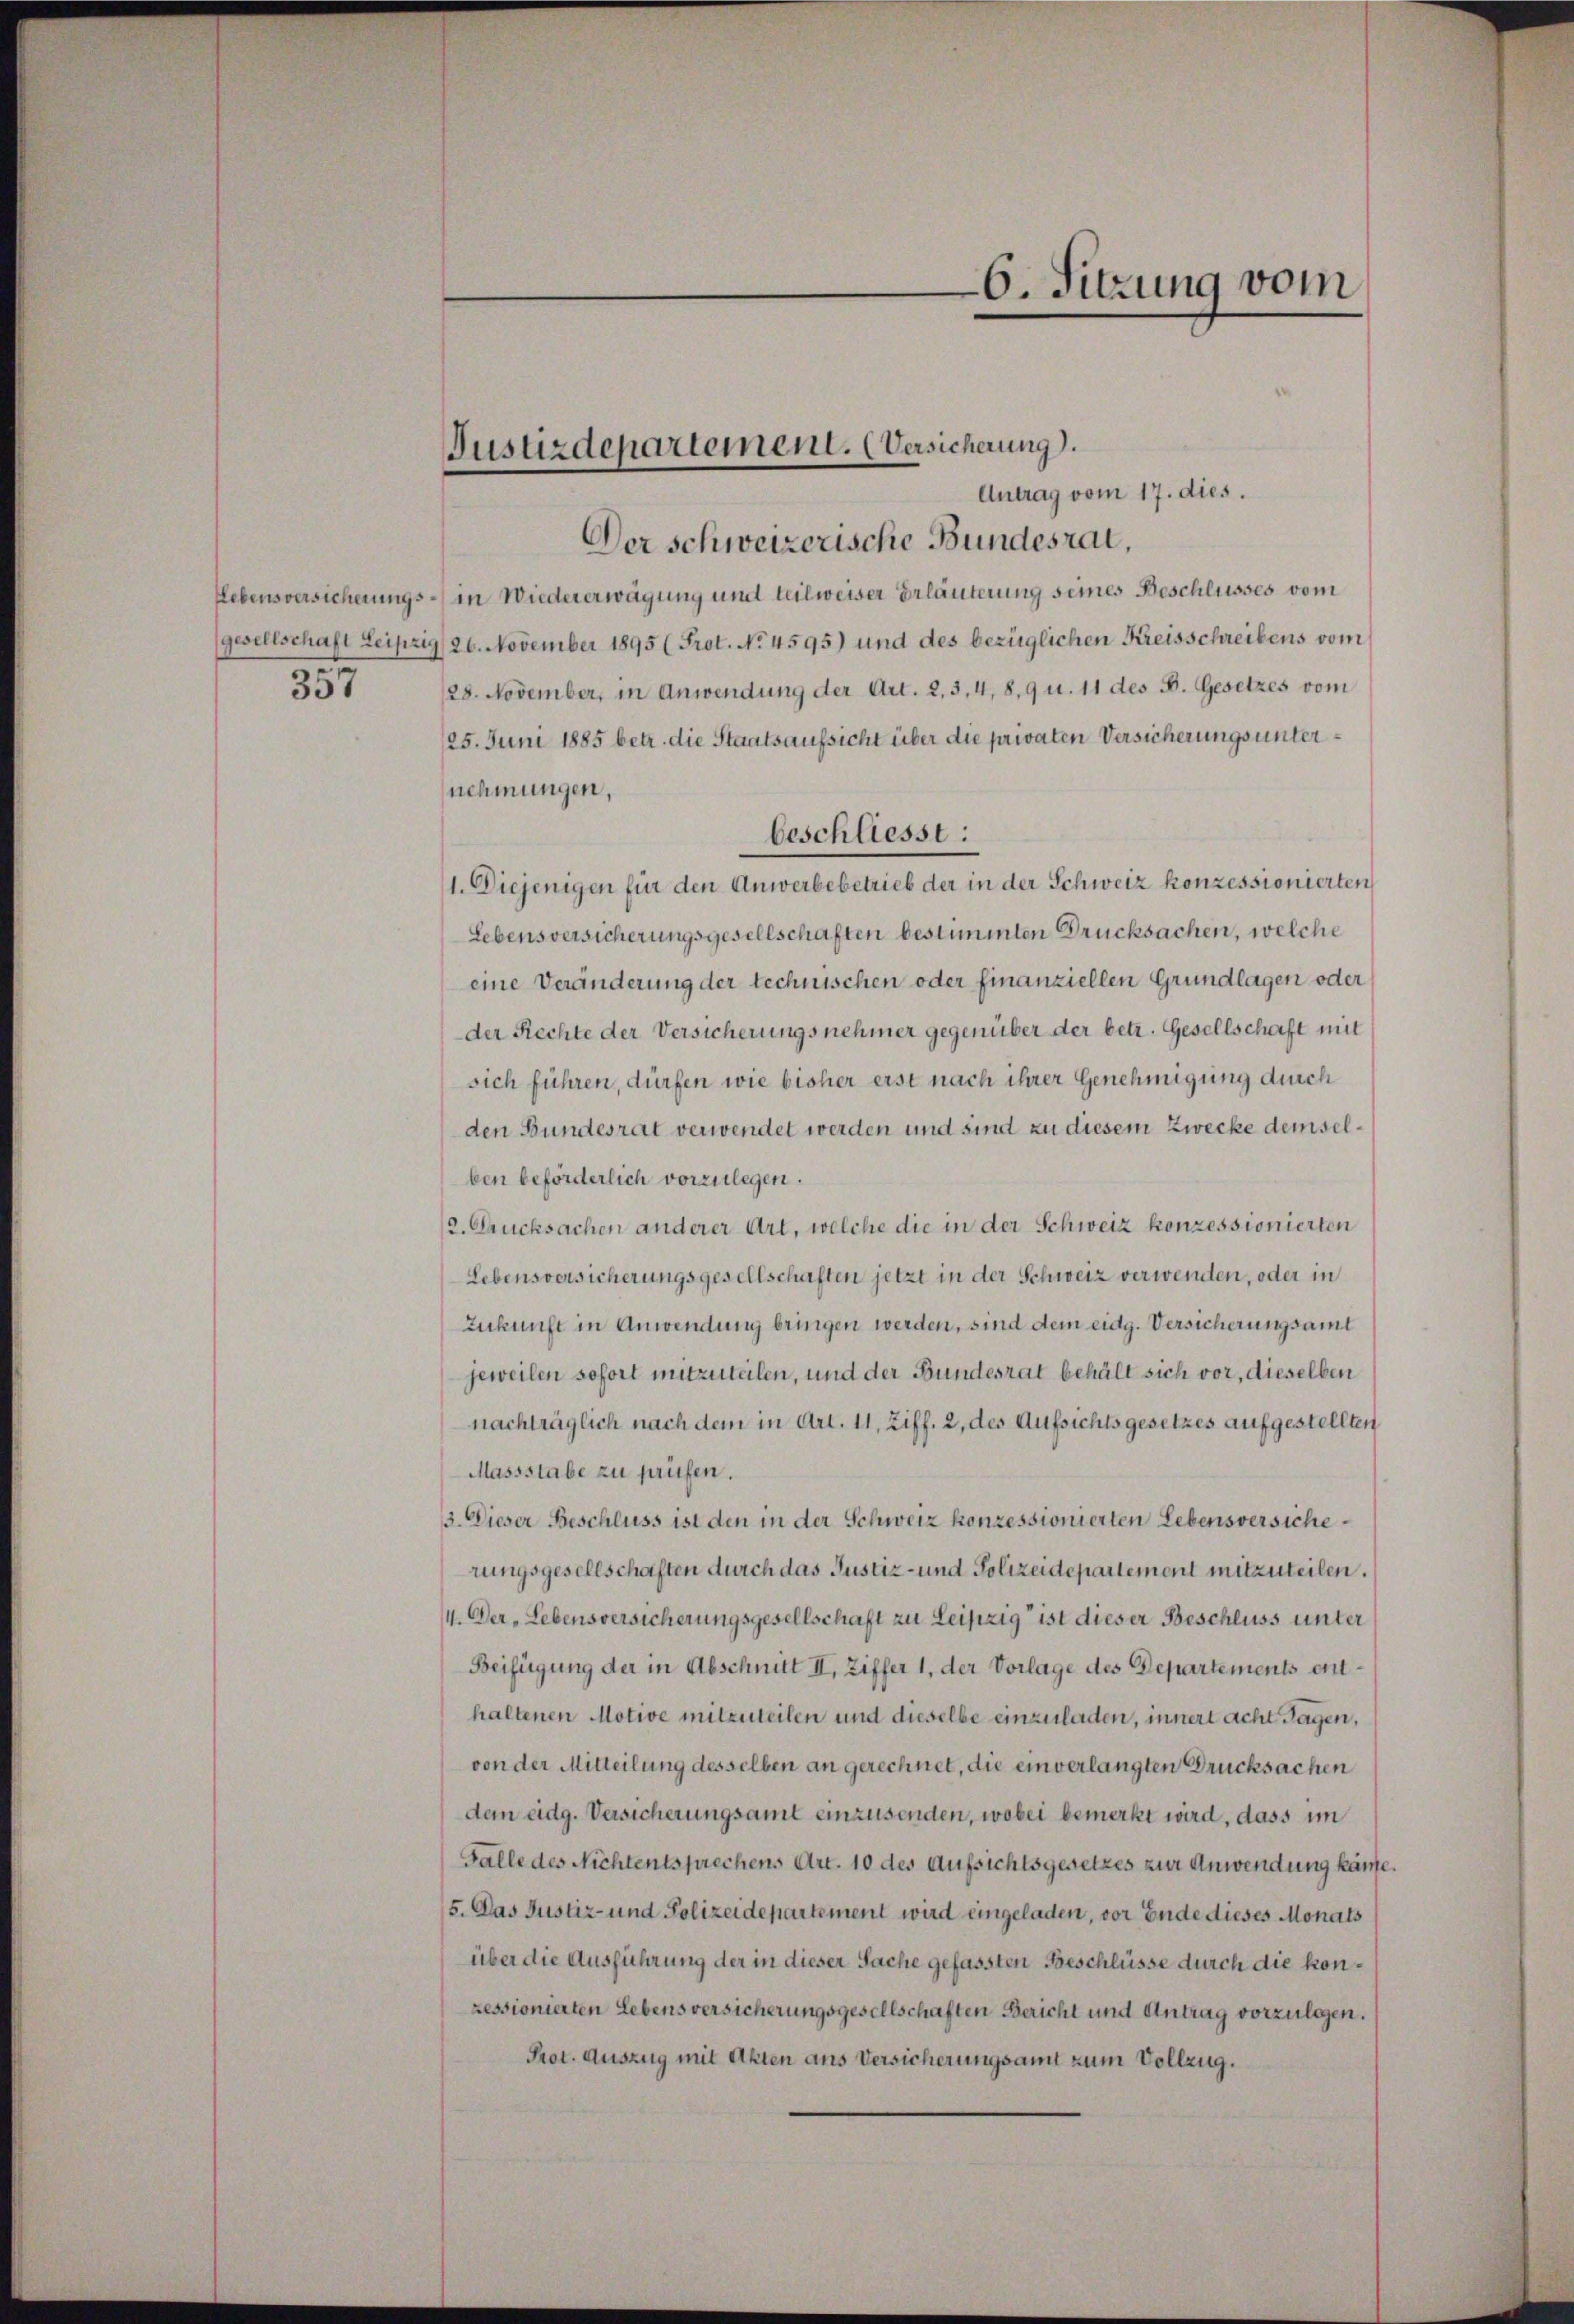
357

Antrag vom 17. dies.
Der schweizerische Bundesrat,
Lebensversicherungs- in Wiedererwägung und teilweiser Erläuterung seines Beschlusses vom
gesellschaft Leipzig /26. November 1895 (Prot. No. 4595) und des bezüglichen Kreisschreibens vom
128. November, in Anwendung der Art. 2, 3, 4, 8,9 u. 11 des B. Gesetzes vom
125. Juni 1885 betr. die Staatsaufsicht über die privaten Versicherungsunternehmungen,
beschliesst:
1. Diejenigen für den Anwerbebetrieb der in der Schweiz konzessionierten
Lebensversicherungsgesellschaften bestimmten Drucksachen, welche
eine Veränderung der technischen oder finanziellen Grundlagen oder
der Rechte der Versicherungsnehmer gegenüber der betr. Gesellschaft mit
sich führen, dürfen wie bisher erst nach ihrer Genehmigung durch
den Bundesrat verwendet werden und sind zu diesem Zwecke demselben beförderlich vorzulegen.
(2. Drucksachen anderer Art, welche die in der Schweiz konzessionierten
Lebensversicherungsgesellschaften jetzt in der Schweiz verwenden, oder in
Zukunft in Anwendung bringen werden, sind dem eidg. Versicherungsamt
jeweilen sofort mitzuteilen, und der Bundesrat behält sich vor, dieselben
nachträglich nach dem in Art. 11, Ziff. 2, des Aufsichtsgesetzes aufgestellten
Massstabe zu prüfen.
3. Dieser Beschluss ist den in der Schweiz konzessionierten Lebensversicherungsgesellschaften durch das Justiz- und Polizeidepartement mitzuteilen.
4. Der „Lebensversicherungsgesellschaft zu Leipzig ist dieser Beschluss unter
Beifügung der in Abschnitt II, Ziffer 1, der Vorlage des Departements enthaltenen Motive mitzuteilen und dieselbe einzuladen, innert acht Tagen,
von der Mitteilung desselben an gerechnet, die einverlangten Drucksachen
dem eidg. Versicherungsamt einzusenden, wobei bemerkt wird, dass im
Falle des Nichtentsprechens Art. 10 des Aufsichtsgesetzes zur Anwendung käme.
5. Das Justiz- und Polizeidepartement wird eingeladen, vor Ende dieses Monats
über die Ausführung der in dieser Sache gefassten Beschlüsse durch die konressionierten Lebensversicherungsgesellschaften Bericht und Antrag vorzulegen.
Prot. Auszug mit Akten aus Versicherungsamt zum Vollzug.

Justizdepartement. (Versicherung).

6. Sitzung vom